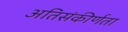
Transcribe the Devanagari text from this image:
अतिसंकीर्णता